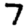
Digit: 7